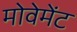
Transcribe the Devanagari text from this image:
मोवेमेंट